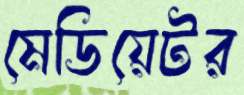
মেডিয়েটর